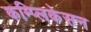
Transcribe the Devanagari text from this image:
कम्प्लिकेसन